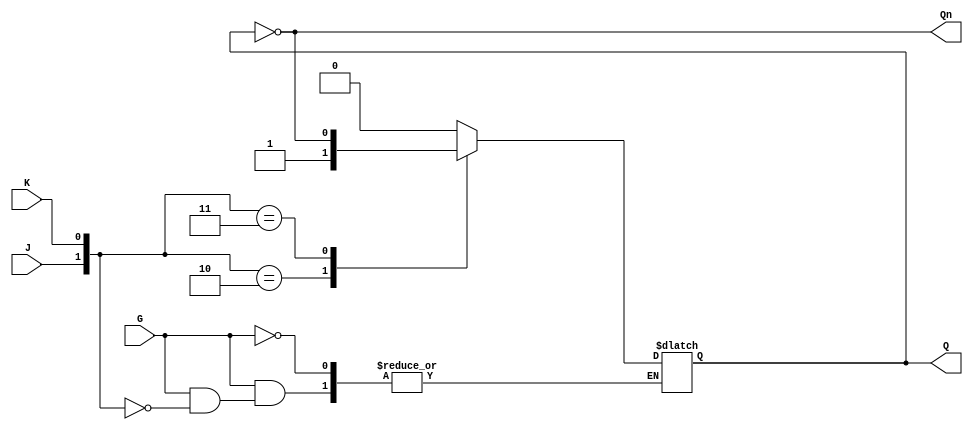
module GatedJKLatch (
    input wire J,      // Set input
    input wire K,      // Reset input
    input wire G,      // Enable input
    output reg Q,      // Main output
    output wire Qn     // Complementary output
);

// Complementary output
assign Qn = ~Q;

// Always block to implement the latch behavior
always @(*) begin
    if (G) begin
        // When G is high, evaluate J and K
        case ({J, K})
            2'b00: Q = Q;        // Hold state
            2'b01: Q = 0;       // Reset state
            2'b10: Q = 1;       // Set state
            2'b11: Q = ~Q;      // Toggle state
            default: Q = Q;     // Default case (should not occur)
        endcase
    end
    // If G is low, maintain the current state (Q)
end

endmodule